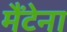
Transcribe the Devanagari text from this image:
मैंटेना